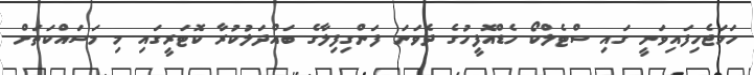
ހަމަޖެހިފައިވަނީ ގައި ސްޓެލްކޯ ހެޑްއޮފީހުގެ ދެވަނަ ފަންގިފިލާގެ ބައްދަލުކުރާ ކޮޓަރީގައި މި މަސައްކަތަށް